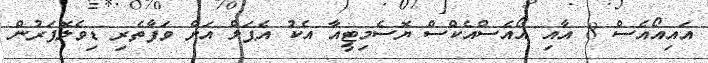
އައިއޯއެސް 8 އާއި އޯއެސްއެކްސް ޔޮސެމިޓީއާ އެކު އެޕަލް އަށް ވަފާތެރި ޑިވެލޮޕަރުން